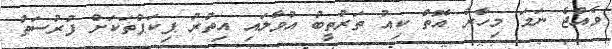
ވެއްޖެ ނަމަ މިހާރު އޮތް ކިއު ތަރުތީބު އުވާލައި އިތުރު ޕިކަޕްތަކަށް ފުރުސަތު